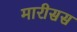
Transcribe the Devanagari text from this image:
मारीसस